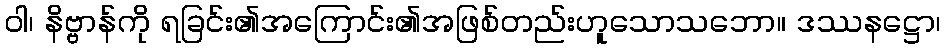
ဝါ၊ နိဗ္ဗာန်ကို ရခြင်း၏အကြောင်း၏အဖြစ်တည်းဟူသောသဘော။ ဒဿနဋ္ဌော၊